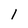
Character: 1